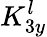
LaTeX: K_{3y}^{l}